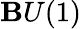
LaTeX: \mathbf{B}U(1)